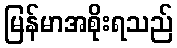
မြန်မာအစိုးရသည်